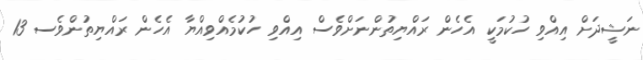
ނަޝީދަށް އިއްވި ހުކުމަކީ އެހެން ރައްޔިތުންނަށްވެސް އިއްވި ހުކުމެއްވިއްޔާ އެހެން ރައްޔިތުންވެސ 13